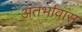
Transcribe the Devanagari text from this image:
अंतर्भावास